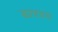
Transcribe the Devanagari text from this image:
डारवन